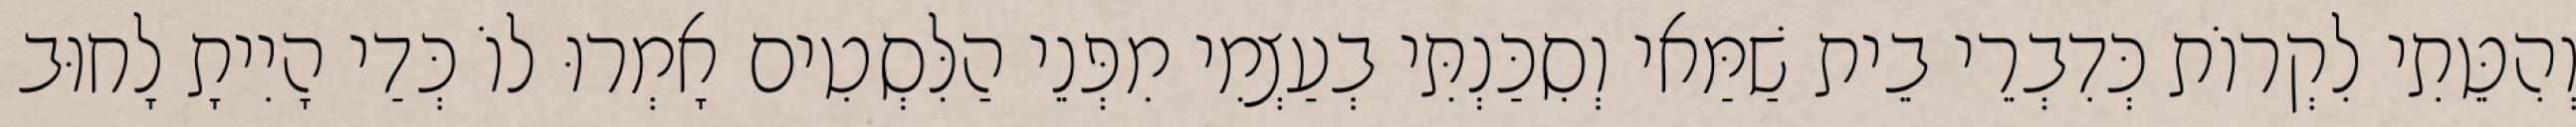
וְהִטֵּתִי לִקְרוֹת כְּדִבְרֵי בֵית שַׁמַּאי וְסִכַּנְתִּי בְעַצְמִי מִפְּנֵי הַלִּסְטִים אָמְרוּ לוֹ כְּדַי הָיִיתָ לָחוּב